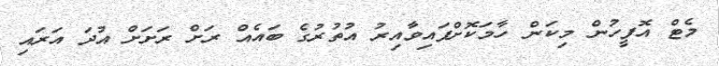
މެޓް އޮފީހުން މިކަން ހާމަކޮށްފައިވާއިރު އުތުރުގެ ބައެއް ރަށް ރަށަށް އުދަ އަރައި